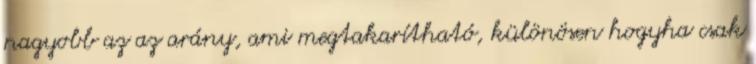
nagyobb az az arány, ami megtakarítható, különösen hogyha csak